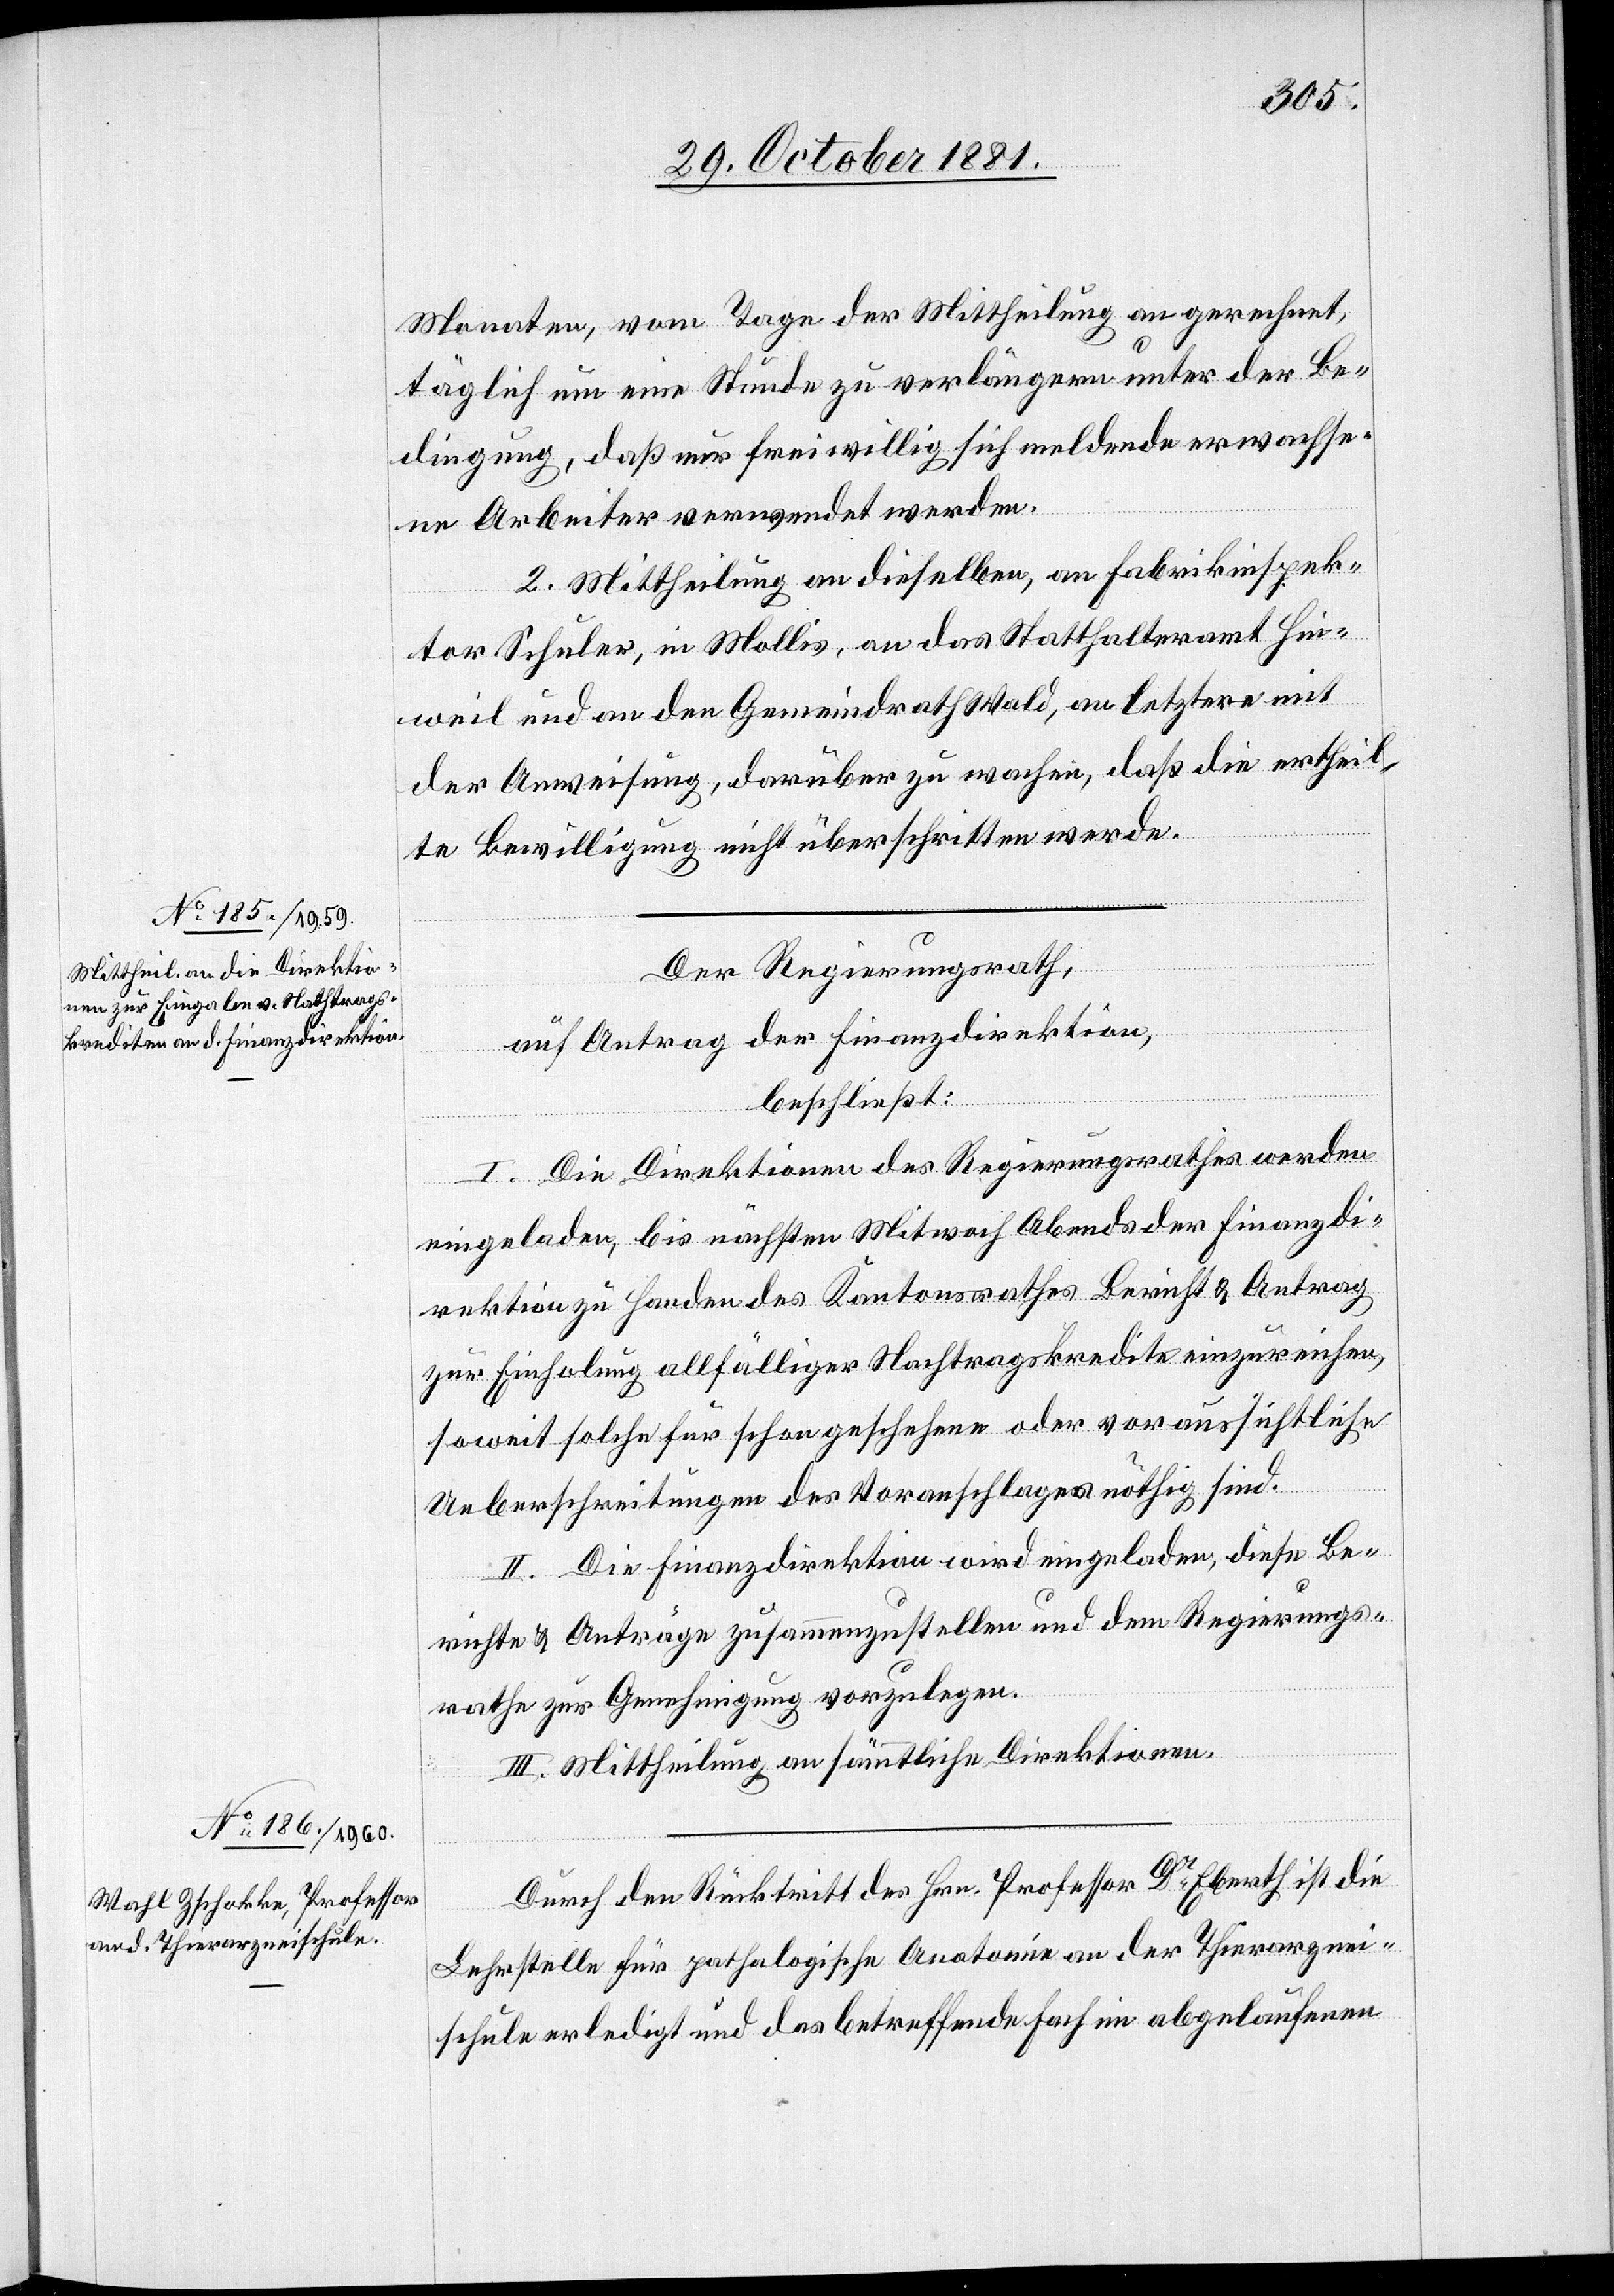
Monaten, vom Tage der Mittheilung an gerechnet,
täglich um eine Stunde zu verlängern unter der Be¬
dingung, daß nur freiwillig sich meldende erwachse¬
ne Arbeiter verwendet werden.
2. Mittheilung an dieselben, an Fabrikinspek¬
tor Schuler, in Mollis, an das Statthalteramt Hin¬
weil und an den Gemeindrath Wald, an letztere mit
der Anweisung, darüber zu wachen, daß die ertheil¬
te Bewilligung nicht überschritten werde.
Der Regierungsrath,
auf Antrag der Finanzdirektion,
beschließt:
I. Die Direktionen des Regierungsrathes werden
eingeladen, bis nächsten Mittwoch Abends der Finanzdi¬
rektion zu Handen des Kantonsrathes Bericht & Antrag
zur Einladung allfälliger Nachtragskredite einzureichen,
soweit solche für schon geschehene oder voraussichtliche
Ueberschreitungen des Voranschlages nöthig sind.
II. Die Finanzdirektion wird eingeladen, diese Be¬
richte & Anträge zusammenzustellen und dem Regierungs¬
rathe zur Genehmigung vorzulegen.
III. Mittheilung an sämtliche Direktionen.
Durch den Rücktritt des Hrn. Professor Dr Eberth ist die
Lehrstelle für pathologische Anatomie an der Thierarznei¬
schule erledigt und das betreffende Fach im abgelaufenen